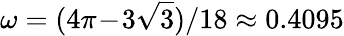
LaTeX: \omega=(4\pi\! -\! 3\sqrt 3)/18\approx 0.4095